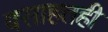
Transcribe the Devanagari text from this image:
वसाहतही